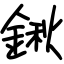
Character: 鍬